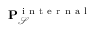
\mathbf { P } _ { \mathcal { S } } ^ { \mathrm { ~ i ~ n ~ t ~ e ~ r ~ n ~ a ~ l ~ } }